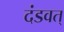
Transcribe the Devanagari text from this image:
दंडवत्‌